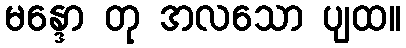
မန္ဒော တု အလသော ပျထ။